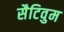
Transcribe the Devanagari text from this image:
सैटिवुम